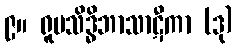
၉။ ရူပသိဒ္ဓိဘာသာဋီကာ (ဒု)